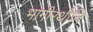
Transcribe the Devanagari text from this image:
भागीरथीति